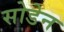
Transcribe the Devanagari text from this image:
सोडेन